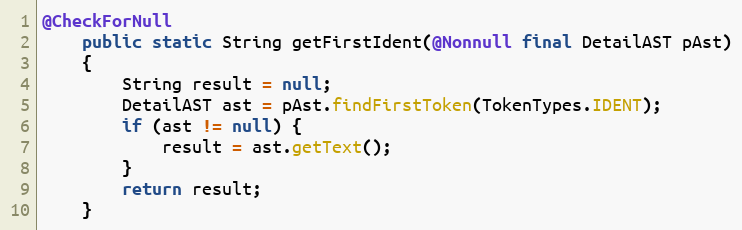
Language: Java
@CheckForNull
    public static String getFirstIdent(@Nonnull final DetailAST pAst)
    {
        String result = null;
        DetailAST ast = pAst.findFirstToken(TokenTypes.IDENT);
        if (ast != null) {
            result = ast.getText();
        }
        return result;
    }